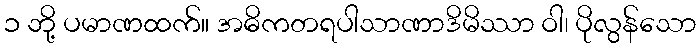
၁ ဘို့ ပမာဏထက်။ အဓိကတရပါသာဏာဒိမိဿာ ဝါ၊ ပိုလွန်သော